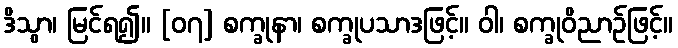
ဒိသွာ၊ မြင်ရ၍။ [၀၇] စက္ခုနာ၊ စက္ခုပသာဒဖြင့်။ ဝါ၊ စက္ခုဝိညာဉ်ဖြင့်။